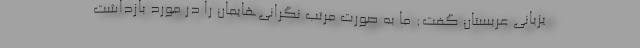
یزبانی عربستان گفت: ما به صورت مرتب نگرانی‌هایمان را در مورد بازداشت